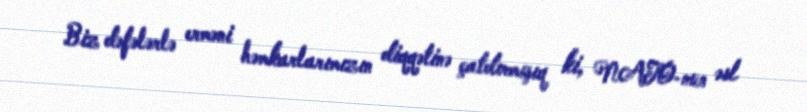
Biz dəfələrlə erməni həmkarlarımızın diqqətinə çatdırmışıq ki, NATO-nun əsl